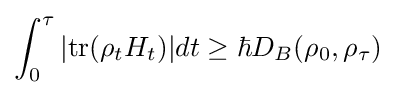
\int _{0}^{\tau }|{\text{tr}}(\rho _{t}H_{t})|dt\geq \hbar D_{B}(\rho _{0},\rho _{\tau })